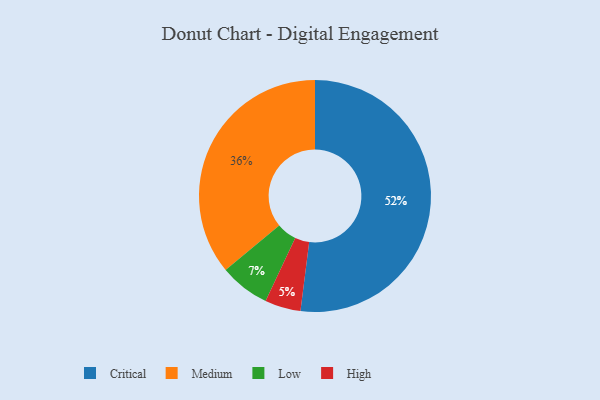
{"axis": {"x": "Category", "y": "Percentage"}, "legend": ["Critical", "High", "Low", "Medium"], "data": [{"x": "High", "y": 5, "type": "High"}, {"x": "Medium", "y": 36, "type": "Medium"}, {"x": "Critical", "y": 52, "type": "Critical"}, {"x": "Low", "y": 7, "type": "Low"}]}